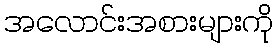
အလောင်းအစားများကို